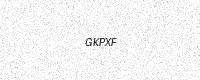
Text: GKPXF